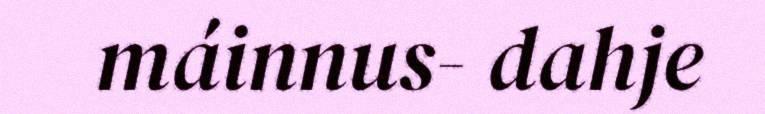
máinnus- dahje